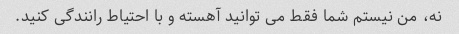
نه، من نیستم شما فقط می توانید آهسته و با احتیاط رانندگی کنید.